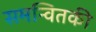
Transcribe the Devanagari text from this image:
समन्वितकी